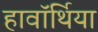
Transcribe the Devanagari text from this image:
हावॉर्थिया